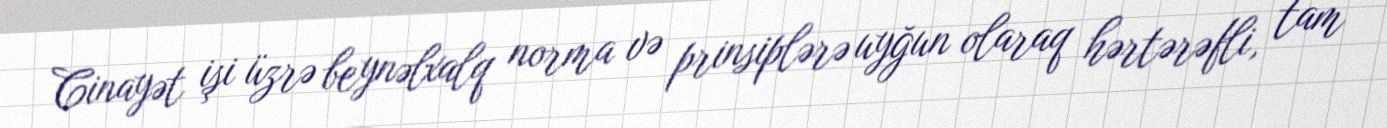
Cinayət işi üzrə beynəlxalq norma və prinsiplərə uyğun olaraq hərtərəfli, tam